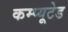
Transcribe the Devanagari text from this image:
कम्प्यूटेड